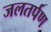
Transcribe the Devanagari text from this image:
जलतर्पण